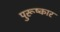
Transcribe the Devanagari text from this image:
पुरूष्कार